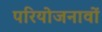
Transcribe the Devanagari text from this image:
परियोजनावों